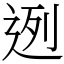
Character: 迾